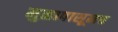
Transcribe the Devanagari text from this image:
मुळापासूनच